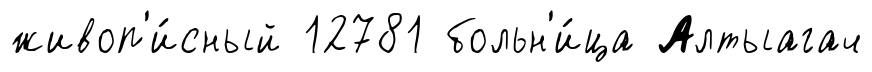
живоп'и́сный 12781 больн'и́ца Алтыагач